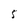
Character: 5